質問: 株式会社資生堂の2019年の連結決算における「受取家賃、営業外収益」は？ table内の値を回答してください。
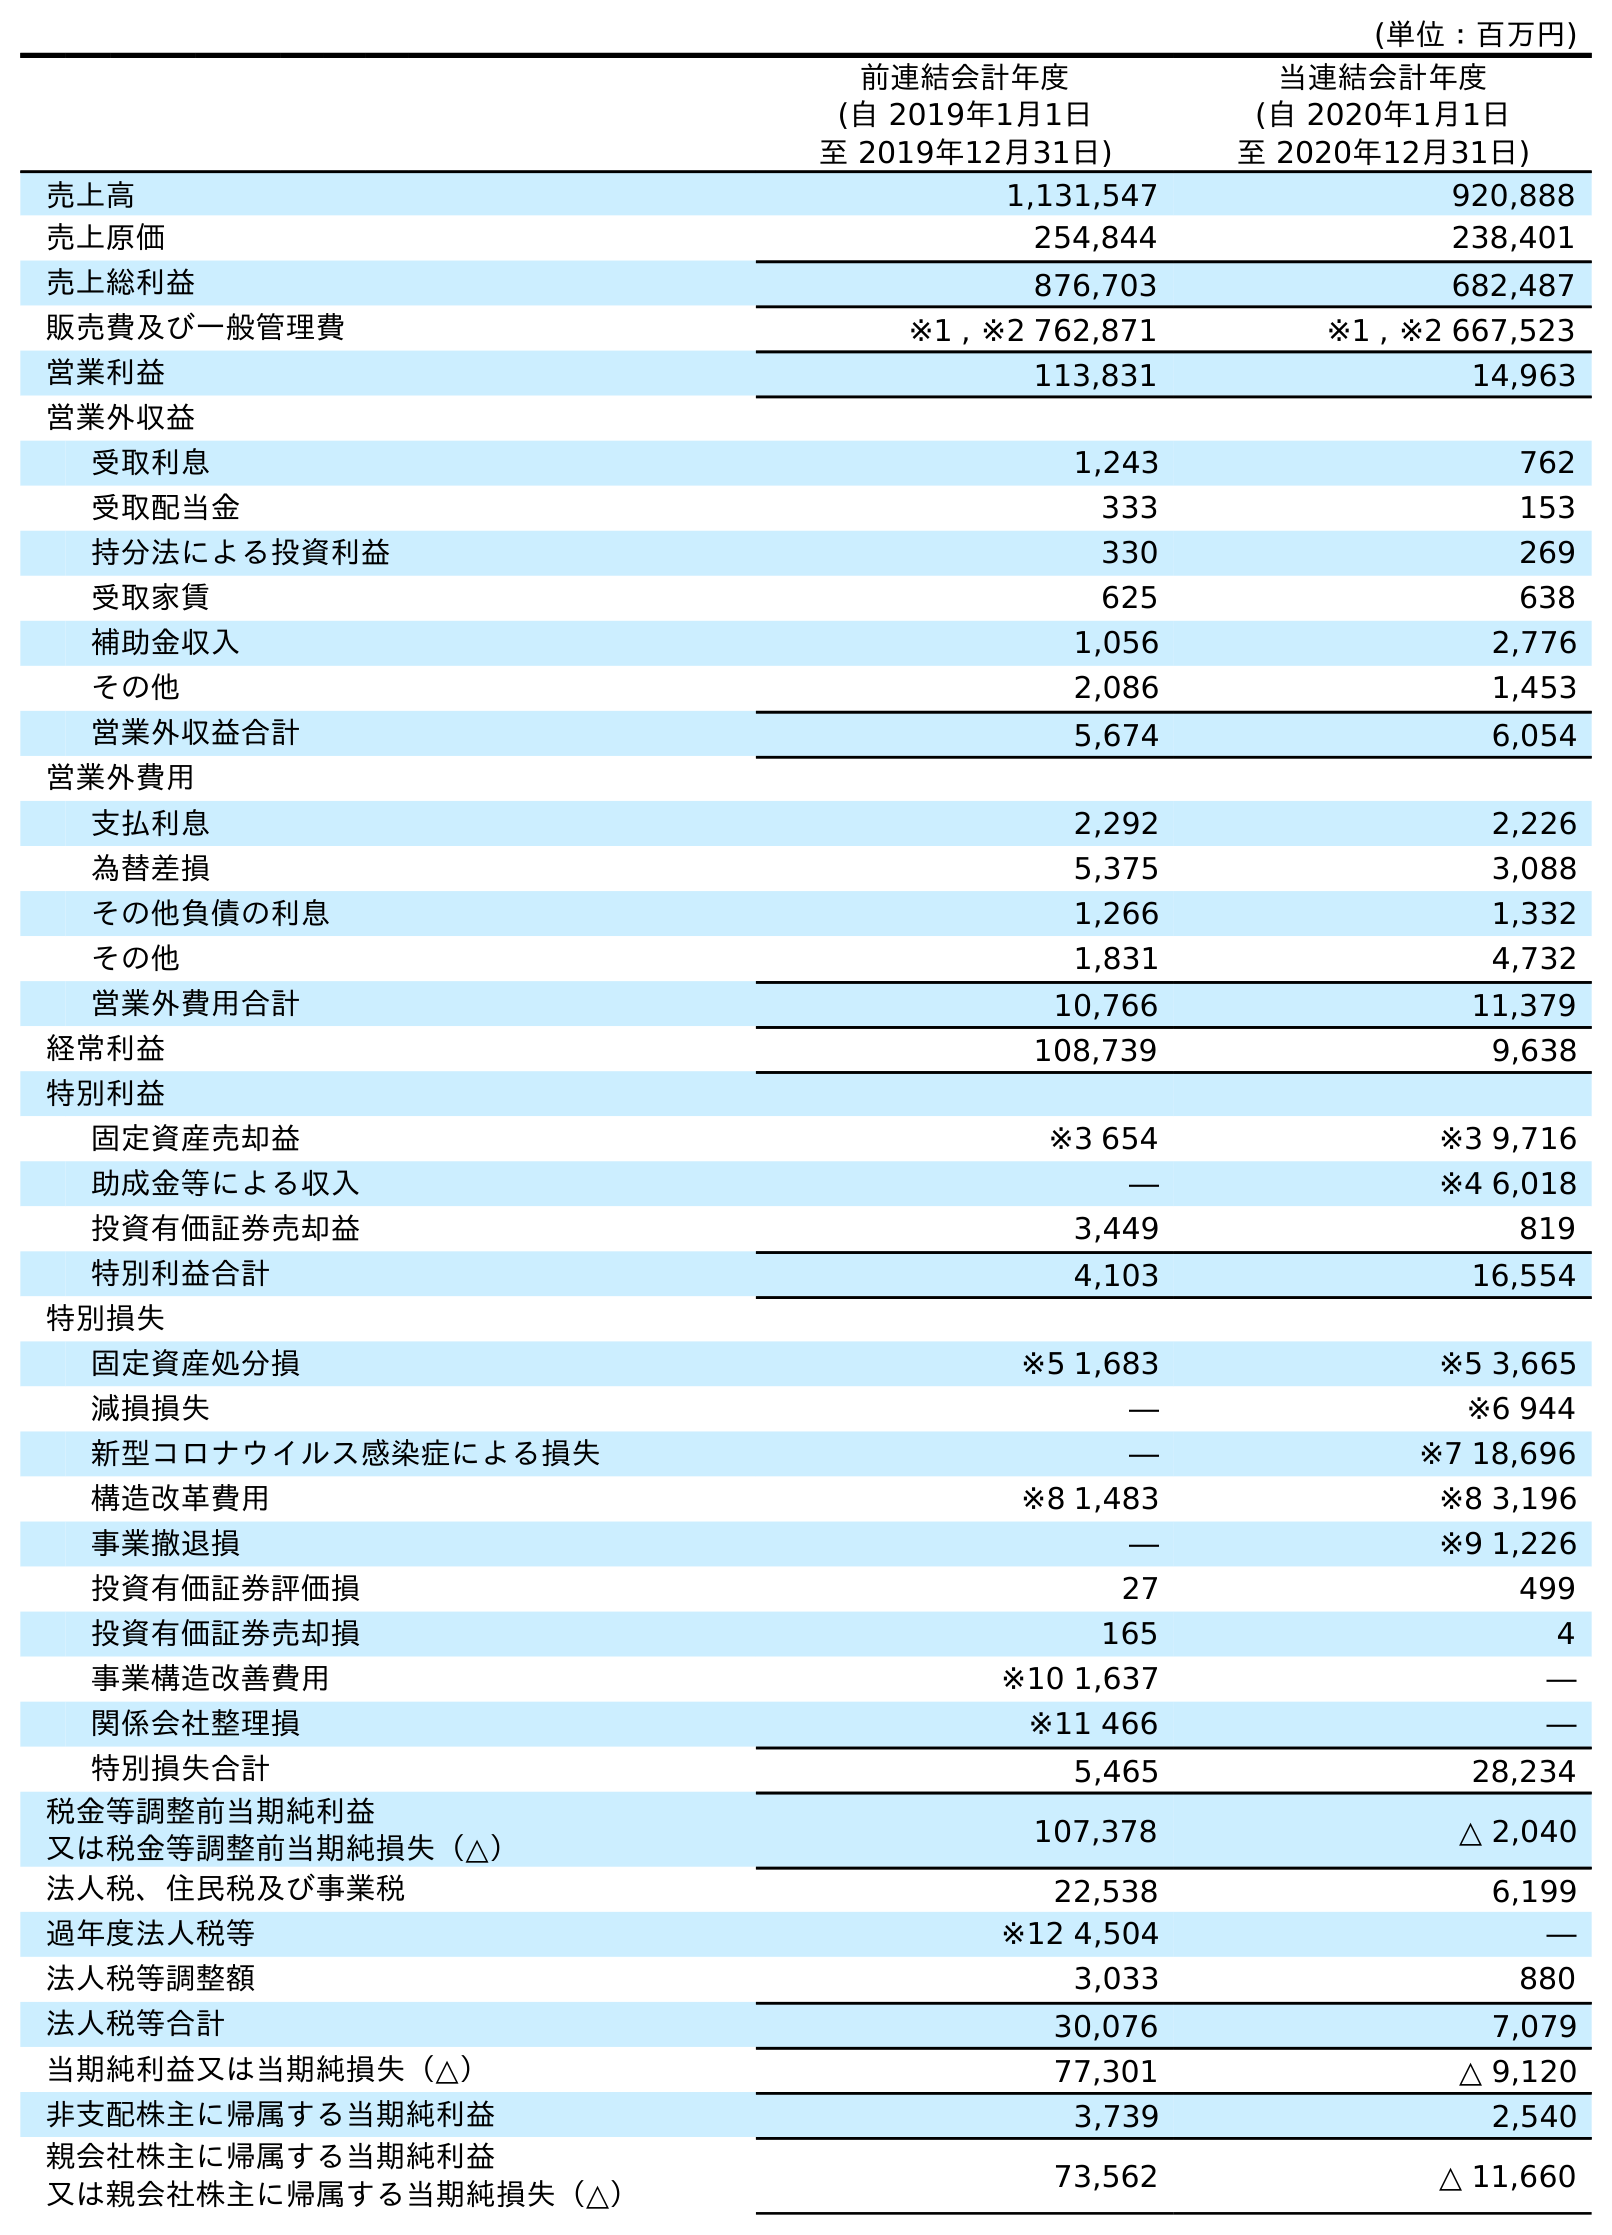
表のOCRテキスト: (単位：百万円) 前連結会計年度 (自 2019年1月1日 至 2019年12月31日) 当連結会計年度 (自 2020年1月1日 至 2020年12月31日) 売上高 1,131,547 920,888 売上原価 254,844 238,401 売上総利益 876,703 682,487 販売費及び一般管理費 ※1 , ※2 762,871 ※1 , ※2 667,523 営業利益 113,831 14,963 営業外収益 受取利息 1,243 762 受取配当金 333 153 持分法による投資利益 330 269 受取家賃 625 638 補助金収入 1,056 2,776 その他 2,086 1,453 営業外収益合計 5,674 6,054 営業外費用 支払利息 2,292 2,226 為替差損 5,375 3,088 その他負債の利息 1,266 1,332 その他 1,831 4,732 営業外費用合計 10,766 11,379 経常利益 108,739 9,638 特別利益 固定資産売却益 ※3 654 ※3 9,716 助成金等による収入 ― ※4 6,018 投資有価証券売却益 3,449 819 特別利益合計 4,103 16,554 特別損失 固定資産処分損 ※5 1,683 ※5 3,665 減損損失 ― ※6 944 新型コロナウイルス感染症による損失 ― ※7 18,696 構造改革費用 ※8 1,483 ※8 3,196 事業撤退損 ― ※9 1,226 投資有価証券評価損 27 499 投資有価証券売却損 165 4 事業構造改善費用 ※10 1,637 ― 関係会社整理損 ※11 466 ― 特別損失合計 5,465 28,234 税金等調整前当期純利益 又は税金等調整前当期純損失（△） 107,378 △ 2,040 法人税、住民税及び事業税 22,538 6,199 過年度法人税等 ※12 4,504 ― 法人税等調整額 3,033 880 法人税等合計 30,076 7,079 当期純利益又は当期純損失（△） 77,301 △ 9,120 非支配株主に帰属する当期純利益 3,739 2,540 親会社株主に帰属する当期純利益 又は親会社株主に帰属する当期純損失（△） 73,562 △ 11,660
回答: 625